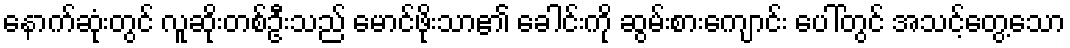
နောက်ဆုံးတွင် လူဆိုးတစ်ဦးသည် မောင်ဖိုးသာ၏ ခေါင်းကို ဆွမ်းစားကျောင်း ပေါ်တွင် အသင့်တွေ့သော